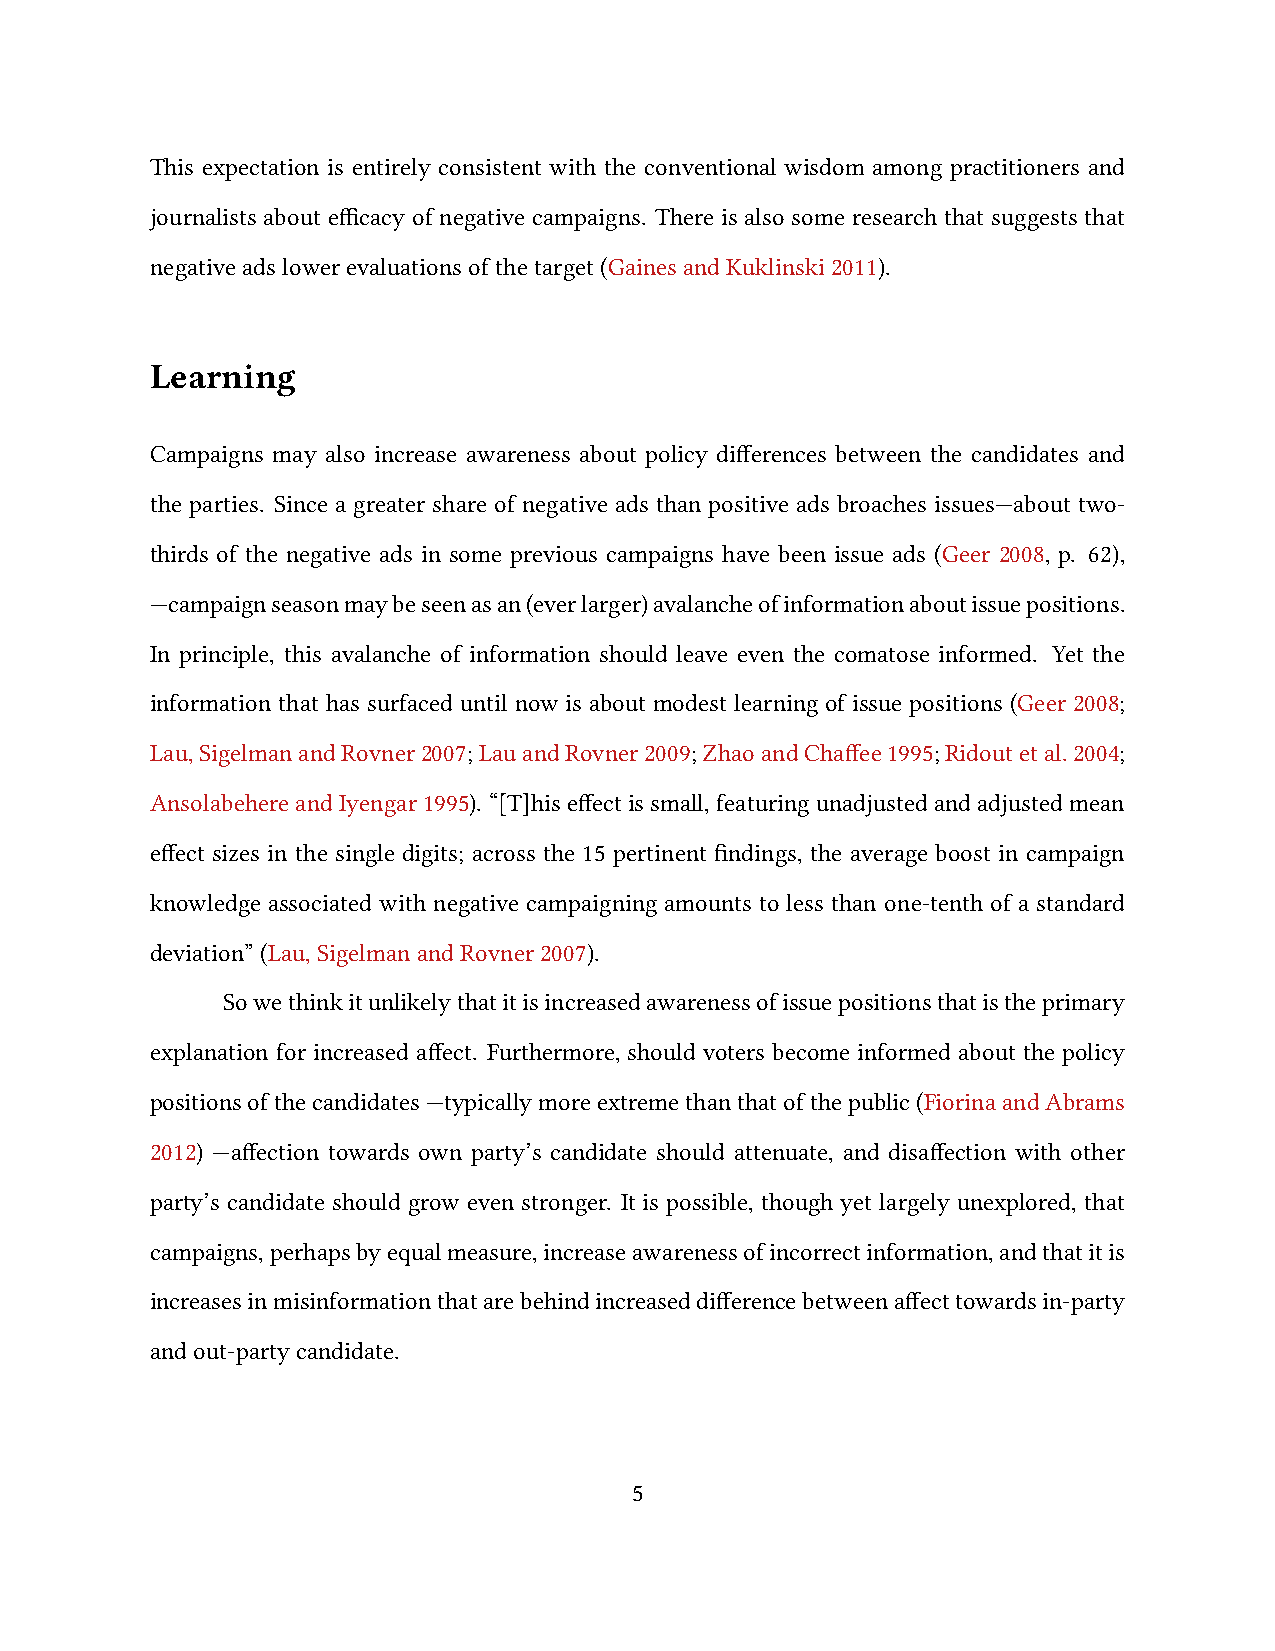
This expectation is entirely consistent with the conventional wisdom among practitioners and
 journalists about efficacy of negative campaigns. There is also some research that suggests that
 negativeadslowerevaluationsofthetarget(GainesandKuklinski2011).
 Learning
 Campaigns may also increase awareness about policy differences between the candidates and
 the parties. Since a greater share of negative ads than positive ads broaches issues—about two-
 thirds of the negative ads in some previous campaigns have been issue ads (Geer 2008, p. 62),
 —campaignseasonmaybeseenasan(everlarger)avalancheofinformationaboutissuepositions.
 In principle, this avalanche of information should leave even the comatose informed. Yet the
 information that has surfaced until now is about modest learning of issue positions (Geer 2008;
 Lau,SigelmanandRovner2007;LauandRovner2009;ZhaoandChaffee1995;Ridoutetal.2004;
 AnsolabehereandIyengar1995). “[T]hiseffectissmall,featuringunadjustedandadjustedmean
 effect sizes in the single digits; across the 15 pertinent findings, the average boost in campaign
 knowledge associated with negative campaigning amounts to less than one-tenth of a standard
 deviation”(Lau,SigelmanandRovner2007).
 Sowethinkitunlikelythatitisincreasedawarenessofissuepositionsthatistheprimary
 explanation for increased affect. Furthermore, should voters become informed about the policy
 positionsofthecandidates—typicallymoreextremethanthatofthepublic(FiorinaandAbrams
 2012) —affection towards own party’s candidate should attenuate, and disaffection with other
 party’s candidate should grow even stronger. It is possible, though yet largely unexplored, that
 campaigns,perhapsbyequalmeasure,increaseawarenessofincorrectinformation,andthatitis
 increasesinmisinformationthatarebehindincreaseddifferencebetweenaffecttowardsin-party
 andout-partycandidate.
 5